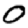
Digit: 0